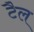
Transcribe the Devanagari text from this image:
टैल